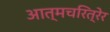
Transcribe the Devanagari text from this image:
आत्मचरित्रेर